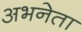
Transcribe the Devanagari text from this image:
अभनेता